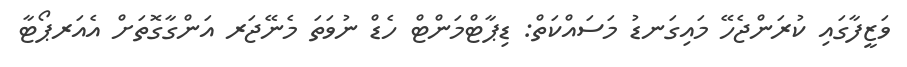
ވަޒީފާގައި ކުރަންޖެހޭ މައިގަނޑު މަސައްކަތް: ޑިޕާޓްމަންޓް ހެޑް ނުވަތަ މެނޭޖަރ އަންގާގޮތަށް އެއަރޕޯޓާ